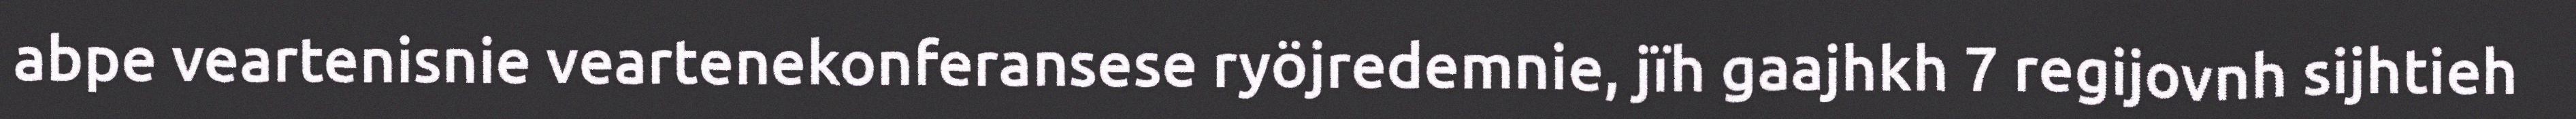
abpe veartenisnie veartenekonferansese ryöjredemnie, jïh gaajhkh 7 regijovnh sijhtieh